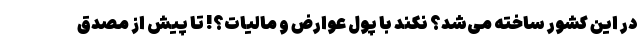
در این کشور ساخته می‌شد؟ نکند با پول عوارض و مالیات؟! تا پیش از مصدق